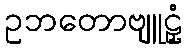
ဥဘတောဗျူဠှံ